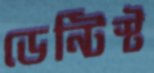
ডেন্টিস্ট